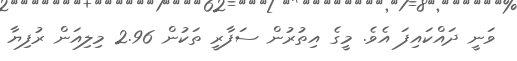
ވަނީ ދައްކައިފަ އެވެ. މީގެ އިތުރުން ސަފާރީ ތަކުން 2.96 މިލިއަން ރުފިޔާ